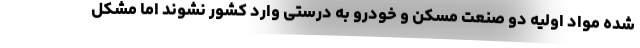
شده مواد اولیه دو صنعت مسکن و خودرو به درستی وارد کشور نشوند اما مشکل